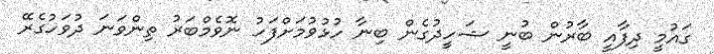
ގައުމީ ދިފާއީ ބާރުން ބުނީ ޝަހީދުގެން ބިނާ ހުޅުވުމަށްފަހު ނޮވެމްބަރު ތިންވަނަ ދުވަހުގެރޭ